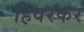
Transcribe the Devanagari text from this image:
हिवरकर